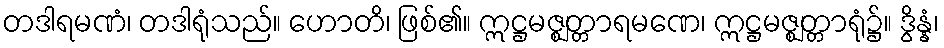
တဒါရမဏံ၊ တဒါရုံသည်။ ဟောတိ၊ ဖြစ်၏။ ဣဋ္ဌမဇ္ဈတ္တာရမဏေ၊ ဣဋ္ဌမဇ္ဈတ္တာရုံ၌။ ဒွိန္နံ၊